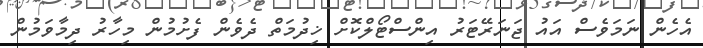
އެހެން ނަމަވެސް އައު ޖަނަރޭޓަރު އިންސްޓޯލްކޮށް ޚިދުމަތް ދެވެން ފެށުމުން މިހާރު ދިމާވަމުން